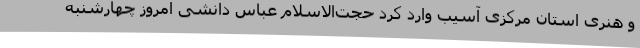
و هنری استان مرکزی آسیب وارد کرد حجت‌الاسلام عباس دانشی امروز چهارشنبه